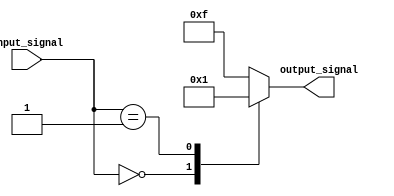
module x_case_statement (
    input wire [1:0] input_signal,
    output reg [3:0] output_signal
);

always @* begin
    case(input_signal)
        2'b00: output_signal = 4'b0000;
        2'b01: output_signal = 4'b0001;
        default: output_signal = 4'b1111;
    endcase
end

endmodule